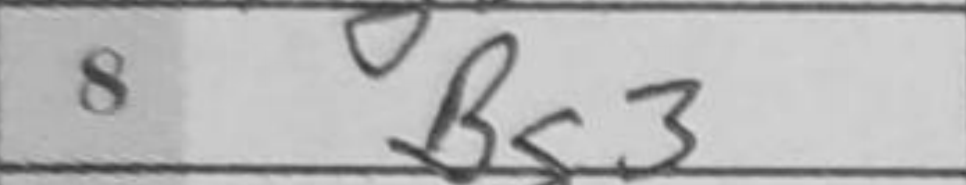
Transcription: Bg3